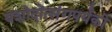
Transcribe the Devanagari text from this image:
यशोदोत्संगपर्यंको